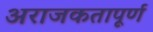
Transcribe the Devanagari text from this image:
अराजकतापूर्ण